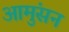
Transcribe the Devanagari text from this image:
आमुंसन